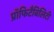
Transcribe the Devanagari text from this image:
प्रॉफिटैबिलिटी